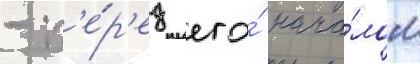
- п'е́р'ед его́ нача́лом